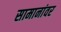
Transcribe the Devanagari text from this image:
सामानांवर